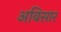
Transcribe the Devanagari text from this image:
अबिसार